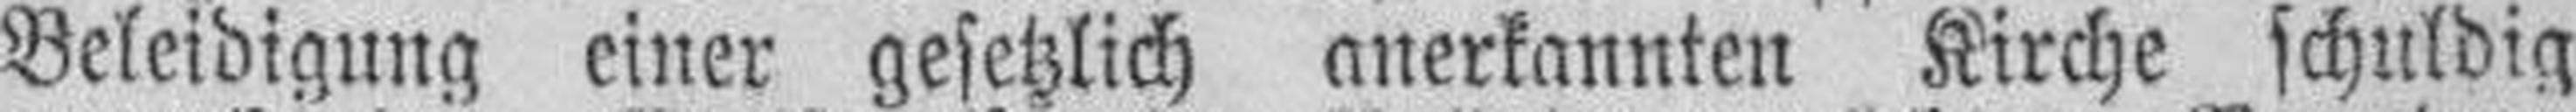
Beleidigung einer gesetzlich anerkannten Kirche schuldig